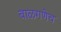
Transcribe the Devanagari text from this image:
बाळगणेच